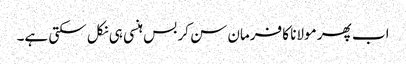
اب پھر مولانا کا فرمان سن کر بس ہنسی ہی نکل سکتی ہے۔